Report on the working of the mental hospitals for Indians in Bihar and Orissa - 1925-1929
Year: 1925
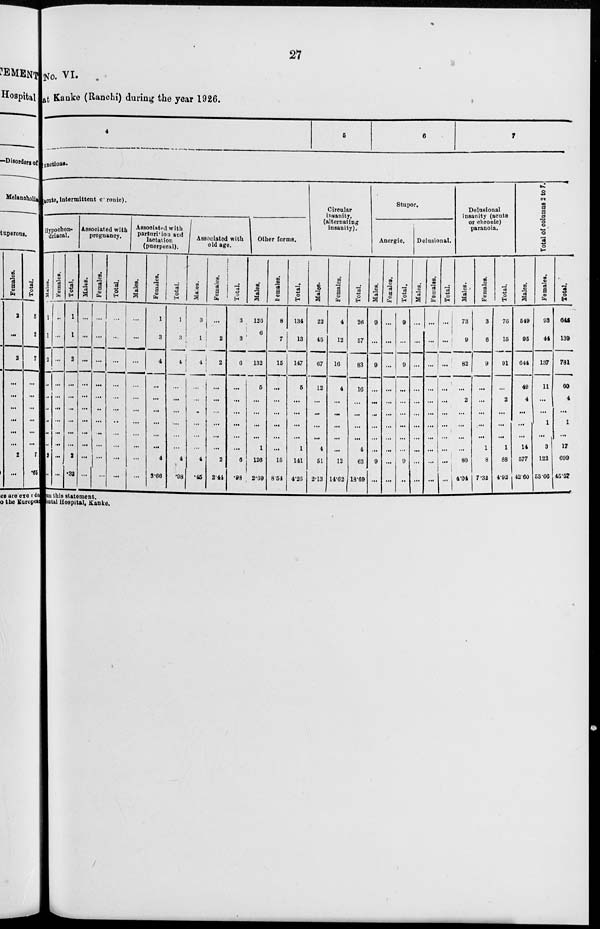
27
No. VI.
at Kanke (Ranchi) during the year 1926.
4
5
6
7
functions.
(acute, intermittent chronic).
Hypochon-
driacal.
Males.
1
1
2
...
...
...
...
...
...
2
...
Females.
...
...
...
...
...
...
...
...
...
...
...
Total.
1
1
2
...
...
...
...
...
...
2
.32
Associated with
pregnancy.
Males.
...
...
...
...
...
...
...
...
...
...
...
Females.
...
...
...
...
...
...
...
...
...
...
...
Total.
...
...
...
...
...
...
...
...
...
...
...
Associated with
parturition and
lactation
(puerperal).
Males.
...
...
...
...
...
...
...
...
...
...
...
Females.
1
3
4
...
...
...
...
...
...
4
3.66
Total.
1
3
4
...
...
...
...
...
...
4
.98
Associated with
old age.
Males.
3
1
4
...
...
...
...
...
...
4
.45
Females.
...
2
2
...
...
...
...
...
...
2
2.44
Total.
3
3
6
...
...
...
...
...
...
6
.98
Other forms.
Males.
126
6
132
5
...
...
...
...
1
126
2.69
Females.
8
7
15
...
...
...
...
...
...
15
8.54
Total.
134
13
147
5
...
...
...
...
1
141
4.26
Circular
insanity.
(alternating
insanity).
Males.
22
45
67
12
...
...
...
...
4
51
2.13
Females.
4
12
16
4
...
...
...
...
...
12
14.62
Total.
26
57
83
16
...
...
...
...
4
63
18.69
Stupor.
Anergic.
Males.
9
...
9
...
...
...
...
...
...
9
...
Females.
...
...
...
...
...
...
...
...
...
...
...
Total.
9
...
9
...
...
...
...
...
...
9
...
Delusional.
Males.
...
...
...
...
...
...
...
...
...
...
...
Females.
...
...
...
...
...
...
...
...
...
...
...
Total.
...
...
...
...
...
...
...
...
...
...
Delusional
insanity (acute
or chronic)
paranoia.
Males.
73
9
82
...
2
...
...
...
...
80
4.04
Females.
3
6
9
...
...
...
...
...
1
8
7.32
Total.
76
15
91
...
2
...
...
...
1
88
4.92
Total of columns 2 to 7.
Males.
549
95
644
49
4
...
...
...
14
577
42.60
Females.
93
44
137
11
...
...
1
...
3
122
53.66
Total.
642
139
781
60
4
...
1
...
17
699
45.57
f r om this statement.
Ment al Hospital, Kanke.